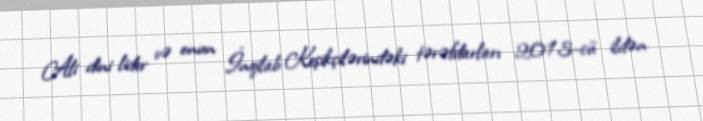
Ali dini lider və onun İnqilab Keşikçilərindəki tərəfdarları 2013-cü ildən